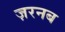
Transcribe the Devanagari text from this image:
ज़रनब